King Institute of Preventive Medicine Micro-Biological Section reports 1912-19
Year: 1912
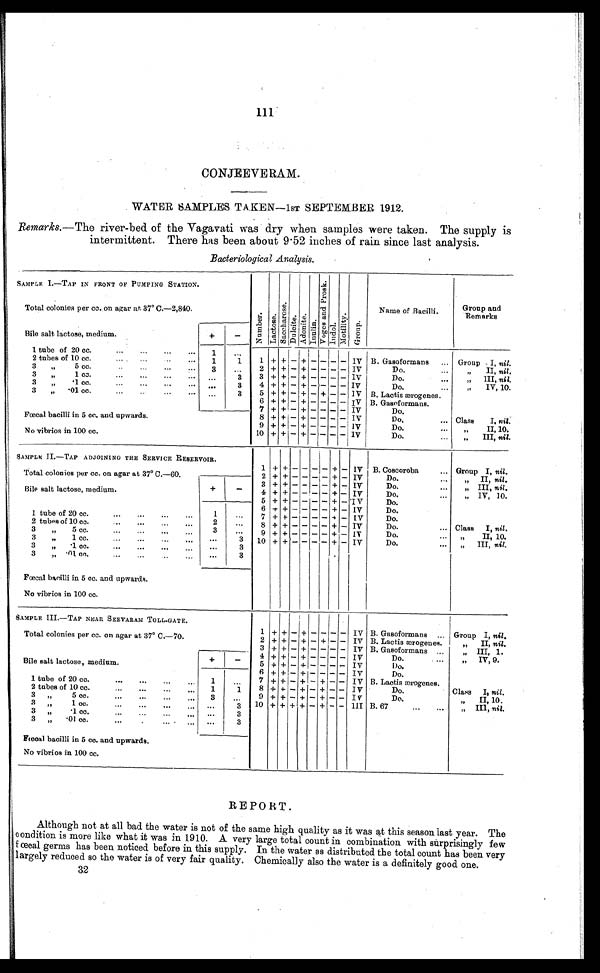
111
CONJEEVERAM.
WATER SAMPLES TAKEN—1ST SEPTEMBER 1912.
Remarks. —The river-bed of the Vagavati was dry when samples were taken. The supply is
intermittent. There has been about 9.52 inches of rain since last analysis.
Bacteriological Analysis.
SAMPLE I.—TAP IN FRONT OF PUMPING STATION.
Number. Lact ose. Saccharos e.
D u l c i t e .
Adoni t e . Inulin. Vo g e s a n d P r o s k . Indol.
Mo t i l i t y . Group.
Name of Bacilli.
Group and
Remarks
Total colonies per cc. on agar at 37° C.—2,840.
Bile salt lactose, medium.
+ -
1 tube of 20 cc.
...
...
..
1
. . .
2 tubes of 10 cc.
...
...
1
1
1 + +
- + -
- -
- IV B. Gasoformans
... Group I, nil.
3
,,
5 cc.
3
. . .
2 + +
- + -
- -
- IV
Do.
„
II, nil.
3
,,
1 cc.
...
...
...
...
...
3
3 + +
- + -
- -
- IV
Do.
...
,,
III, nil.
3 ,,
.1 cc.
...
...
...
...
. . .
3
4 + +
- + -
- -
- IV
Do.
,,
IV, 10.
3
,,
.01 cc....
...
. . .
3
5 + +
- + - + -
- IV B. Lactis ærogenes .
6 + +
- + -
- -
- IV B. Gasoformans.
7 + +
- + -
- -
- IV
Do.
Fœcal bacilli in 5 cc. and upwards.
8 + +
- + -
- -
- IV
Do,
... Class
I, nil.
9
+ + - + - - -
- IV
Do.
...
„
II, 10.
No vibrios in 100 cc.
10 + + - + -
- -
- IV
Do.
„ III, nil.
SAMPLE II.—TAP ADJOINING THE SERVICE RESERVOIR.
1 + +
- - - - +
- IV B. Coscoroba
... Group I, nil.
Total colonies per cc. on agar at 37° C.—60.
2 + +
- - - - +
- IV
Do.
„ II, nil.
Bile salt lactose, medium.
+
-
3
+ + -
- - -
+ - IV
Do.
...
„ III, nil.
4 + +
- - - - +
- IV
Do.
...
„ IV, 10.
5 + +
- - - - +
- 'IV
Do.
6
+ +
- - - -
+ - IV
Do.
1. tube of 20 cc.
...
...
...
...
1
. . .
7 +
+ - - - - +
- IV
Do.
2 tubes of 10 cc.
...
...
...
...
2
. . .
8 + +
- - - - +
- IV
Do.
... Class I, nil.
3
„
5 cc.
...
...
3
. . .
9 + +
- - - - +
- IV
Do.
„ II, 10.
3
„
1 cc.
...
...
...
...
. . .
3
10 + +
-
-
-
- +
- IV
Do.
„ III, nil.
3
„
.1 cc.
...
...
...
...
. . .
3
3 „ .01 cc....
...
. . .
3
Fœcal bacilli in 5 cc. and upwards.
No vibrios in 100 cc.
SAMPLE III.—TAP NEAR SEEVARAM TOLL-GATE.
1 + +
- +
- - - - IV B. Gasoformans ... Group I, nil.
Total colonies per cc. on agar at 37° C.—70.
2 + +
- +
- +
- - IV B. Lactis ærogenes.
„
II, nil.
3 + +
- +
- - - - IV B. Gasoformans ...
„ III,,1.
Bile salt lactose, medium.
+
-
4 + + - + - - - - IV
Do.
. . .
„ V, 9.
5 + + — + — — — — IV
Do.
6
+ +
- + - -
- - IV
Do.
1 tube of 20 cc.
...
...
...
1
...
7 + +
- +
- +
- - IV B. Lactis ærogenes.
2 tubes of 10 cc.
....
...
...
...
1
1
8 + +
- +
- +
- - IV
Do.
Class
I, nil.
3
,,
5 cc.
...
...
. . .
3
. . .
9
+ + - + - + - - IV
Do.
„
II,10.
3 „
1 c c .
. . .
. . .
. . .
3
10 + + + +
- +
- -
I V B. 67
...
. . .
„ III, nil.
3
„
.1 cc.
...
...
...
...
. . .
3
3
„
.0 cc.
...
...
3
Fœcal bacilli in 5 cc. and upwards.
No vibrios in 100 cc.
REPORT.
Although not at all bad the water is not of the same high quality as it was at this season last year. The
condition is more like what it was in 1910. A very large total count in combination with surprisingly few
fœ cal germs has been noticed before in this supply. In the water as distributed the total count has been very
largely reduced so the water is of very fair quality. Chemically also the water is a definitely good one.
32